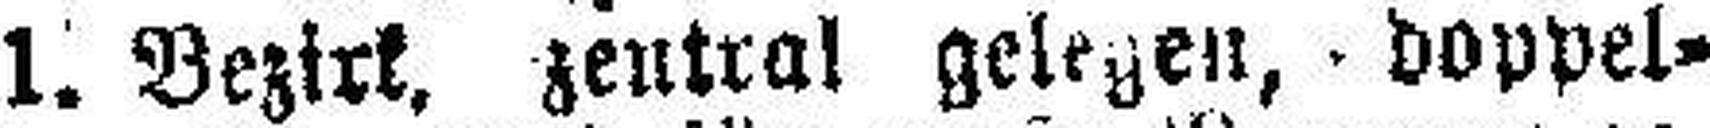
1. Bezirk, zentral gelegen, doppel¬